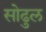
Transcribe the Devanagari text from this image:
सोढुल